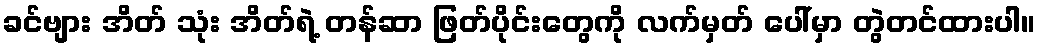
ခင်ဗျား အိတ် သုံး အိတ်ရဲ့ တန်ဆာ ဖြတ်ပိုင်းတွေကို လက်မှတ် ပေါ်မှာ တွဲတင်ထားပါ။